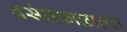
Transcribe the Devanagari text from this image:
वसंतकाळातले